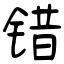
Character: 错